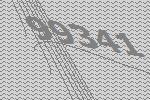
99341